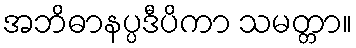
အဘိဓာနပ္ပဒီပိကာ သမတ္တာ။